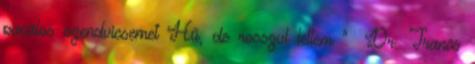
pacalos szendvicsemet Hű, de rosszul lettem ” Dr. Trancs